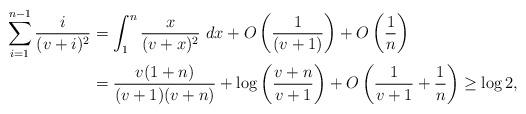
LaTeX: \begin{align*}\sum_{i=1}^{n-1} \frac{i}{(v+i)^2} &= \int_1^n \frac{x}{(v+x)^2} \ dx+ O\left(\frac{1}{(v+1)}\right)+ O\left(\frac{1}{n}\right) \\&= \frac{v(1+n)}{(v+1)(v+n)} +\log\left(\frac{v+n}{v+1}\right) +O\left(\frac{1}{v+1} + \frac{1}{n}\right)\geq\log2,\end{align*}